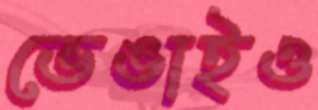
ভেঙাইও